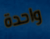
واحدة